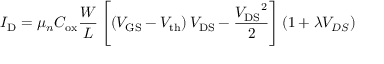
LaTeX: I _ { \mathrm { D } } = \mu _ { n } C _ { \mathrm { o x } } { \frac { W } { L } } \left[ \left( V _ { \mathrm { G S } } - V _ { \mathrm { { t h } } } \right) V _ { \mathrm { D S } } - { \frac { { V _ { \mathrm { D S } } } ^ { 2 } } { 2 } } \right] ( 1 + \lambda V _ { D S } )